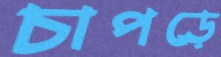
চাপড়ে